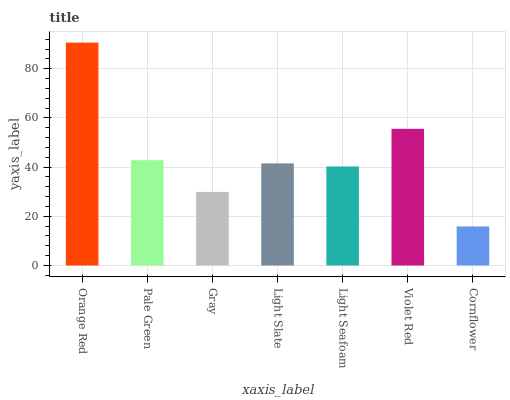
| xaxis_label | bars |
 | --- | --- |
 | Orange Red | 90.6 |
 | Pale Green | 42.8 |
 | Gray | 29.9 |
 | Light Slate | 41.5 |
 | Light Seafoam | 40.3 |
 | Violet Red | 55.6 |
 | Cornflower | 15.9 |